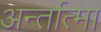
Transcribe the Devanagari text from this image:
अर्न्तात्मा